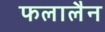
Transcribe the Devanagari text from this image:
फलालैन